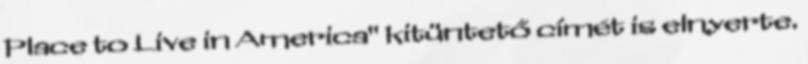
Place to Live in America" kitüntető címét is elnyerte.